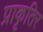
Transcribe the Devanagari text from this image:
प्राकृतिर